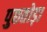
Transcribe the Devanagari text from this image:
पुछतोड़ा